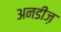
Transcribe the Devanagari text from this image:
अनडीज़